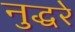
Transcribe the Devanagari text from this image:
नुद्धरे